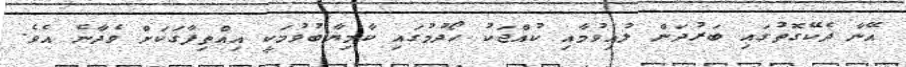
އޭނާ ދެކޭގޮތުގައި ބަރުދަން ލުއިވުމާއި ކުއްޖަކު ހޯދުމުގައި ކާމިޔާބުވުމަކީ އިއްތިފާގަކަށް ވެދާނެ އެވެ.